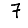
Digit: 7